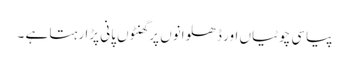
پیاسی چوٹیاں اور ڈھلوانوں پر گھنٹوں پانی پڑا رہتا ہے ۔